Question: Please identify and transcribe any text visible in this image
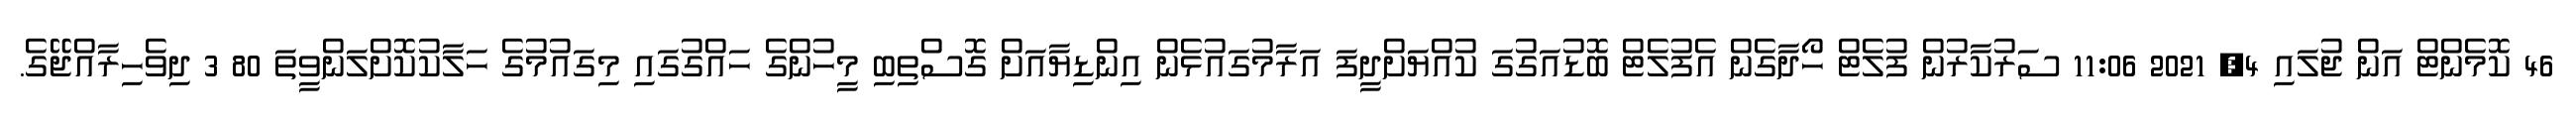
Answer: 46 ކޮމެންޓް އަން ޖުލައި 4, 2021 11:06 ސަރުކާރުން ފުލެޓް ހޯދާގެން އެފުލެޓް ބޮޑުއަގުގަ ކުއްޔަށްދީފަ އަރާމުގައުޅެން އިންޑިޔާއަށް ގޮސްތިބި މީހުންގެ ހައްގުގައި މިގައުމުގެ ހަލާކުކޮށްލަންވީތަ 80 3 ދިވެހިރާއްޖޭގެ.